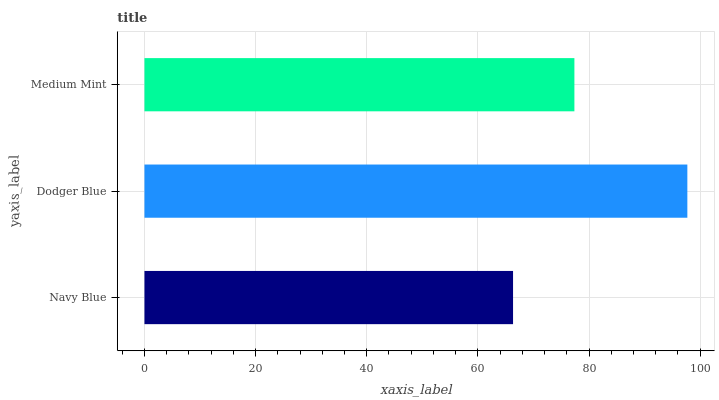
| yaxis_label | bars |
 | --- | --- |
 | Navy Blue | 66.3 |
 | Dodger Blue | 97.7 |
 | Medium Mint | 77.4 |